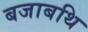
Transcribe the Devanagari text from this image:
बजाबथि